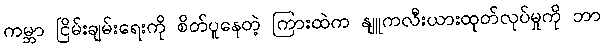
ကမ္ဘာ ငြိမ်းချမ်းရေးကို စိတ်ပူနေတဲ့ ကြားထဲက နျူကလီးယားထုတ်လုပ်မှုကို ဘာ